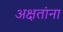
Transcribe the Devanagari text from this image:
अक्षतांना